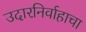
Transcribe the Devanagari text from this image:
उदारनिर्वाहाचा